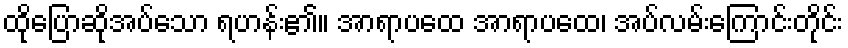
ထိုပြောဆိုအပ်သော ရဟန်း၏။ အာရာပထေ အာရာပထေ၊ အပ်လမ်းကြောင်းတိုင်း